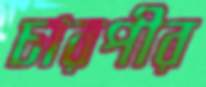
চারপীর